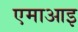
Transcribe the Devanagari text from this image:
एमाआइ